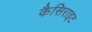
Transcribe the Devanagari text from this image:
कैसिराइट